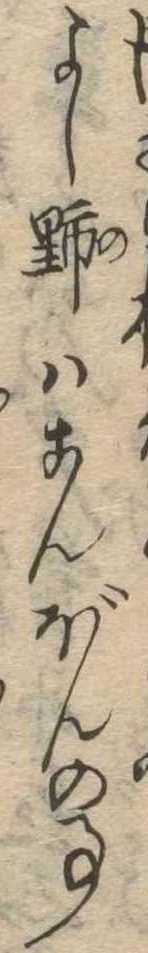
よし野はこんぼんの事